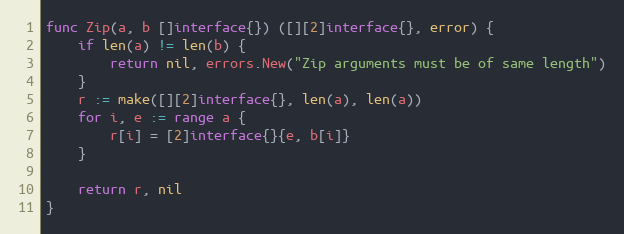
Language: Go
func Zip(a, b []interface{}) ([][2]interface{}, error) {
	if len(a) != len(b) {
		return nil, errors.New("Zip arguments must be of same length")
	}
	r := make([][2]interface{}, len(a), len(a))
	for i, e := range a {
		r[i] = [2]interface{}{e, b[i]}
	}

	return r, nil
}